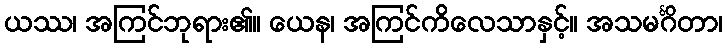
ယဿ၊ အကြင်ဘုရား၏။ ယေန၊ အကြင်ကိလေသာနှင့်။ အသမင်္ဂိတာ၊